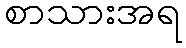
စာသားအရ